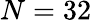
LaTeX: N=32